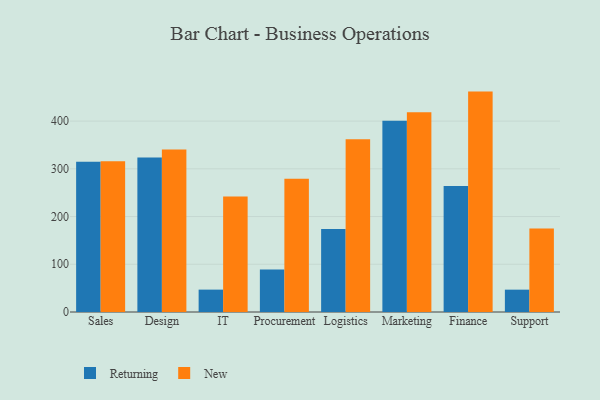
{"axis": {"x": "Department", "y": "Demand Index"}, "legend": ["New", "Returning"], "data": [{"x": "Sales", "y": 314.8, "type": "Returning"}, {"x": "Sales", "y": 315.7, "type": "New"}, {"x": "Design", "y": 323.8, "type": "Returning"}, {"x": "Design", "y": 340.7, "type": "New"}, {"x": "IT", "y": 46.9, "type": "Returning"}, {"x": "IT", "y": 241.9, "type": "New"}, {"x": "Procurement", "y": 89.3, "type": "Returning"}, {"x": "Procurement", "y": 279.4, "type": "New"}, {"x": "Logistics", "y": 173.8, "type": "Returning"}, {"x": "Logistics", "y": 362.2, "type": "New"}, {"x": "Marketing", "y": 400.6, "type": "Returning"}, {"x": "Marketing", "y": 418.4, "type": "New"}, {"x": "Finance", "y": 263.8, "type": "Returning"}, {"x": "Finance", "y": 461.8, "type": "New"}, {"x": "Support", "y": 46.8, "type": "Returning"}, {"x": "Support", "y": 174.7, "type": "New"}]}